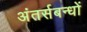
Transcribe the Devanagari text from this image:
अंतर्सबन्धों